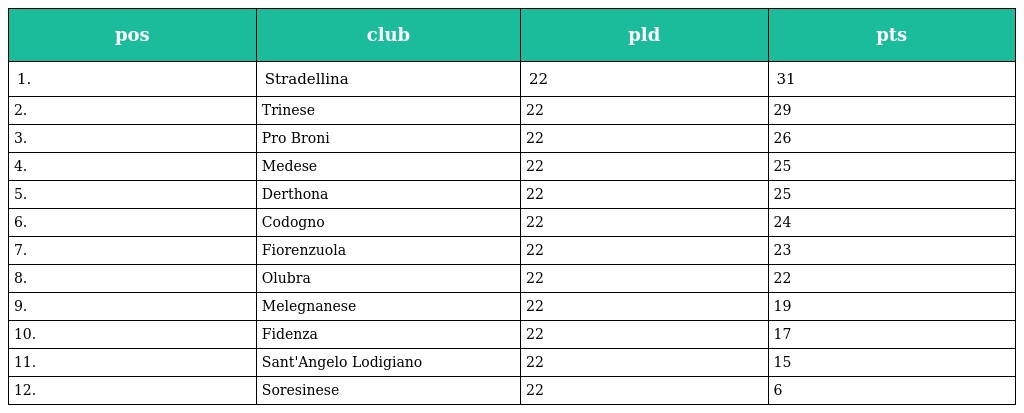
| pos | club | pld | pts |
 | --- | --- | --- | --- |
 | 1. | Stradellina | 22 | 31 |
 | 2. | Trinese | 22 | 29 |
 | 3. | Pro Broni | 22 | 26 |
 | 4. | Medese | 22 | 25 |
 | 5. | Derthona | 22 | 25 |
 | 6. | Codogno | 22 | 24 |
 | 7. | Fiorenzuola | 22 | 23 |
 | 8. | Olubra | 22 | 22 |
 | 9. | Melegnanese | 22 | 19 |
 | 10. | Fidenza | 22 | 17 |
 | 11. | Sant'Angelo Lodigiano | 22 | 15 |
 | 12. | Soresinese | 22 | 6 |